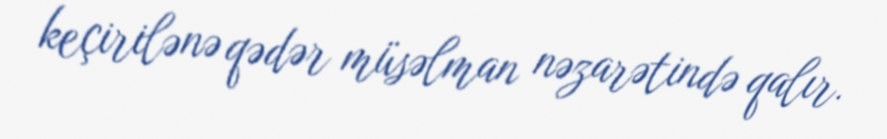
keçirilənə qədər müsəlman nəzarətində qalır.